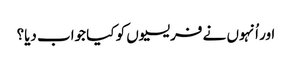
‏ اور اُنہوں نے فریسیوں کو کیا جواب دیا؟